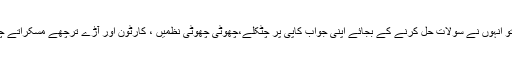
جب ان کو کوچھ نہیں سوجھا تو انہوں نے سولات حل کرنے کے بجائے اپنی جواب کاپی پر چٹکلے،چھوٹی چھوٹی نظمیں ، کارٹون اور آڑے ترچھے مسکراتے چہروں کے خاکے کھینچ دیے۔